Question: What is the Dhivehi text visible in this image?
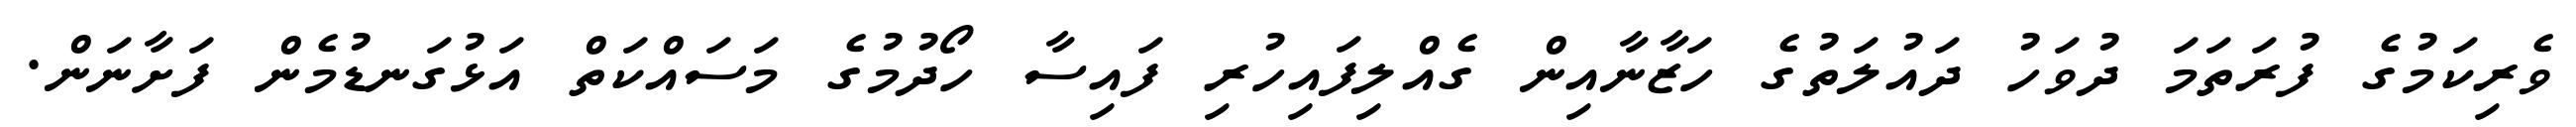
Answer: ވެރިކަމުގެ ފުރަތަމަ ދުވަހު ދައުލަތުގެ ހަޒާނާއިން ގެއްލިފައިހުރި ފައިސާ ހޯދުމުގެ މަސައްކަތް އަޅުގަނޑުމެން ފަށާނަން.